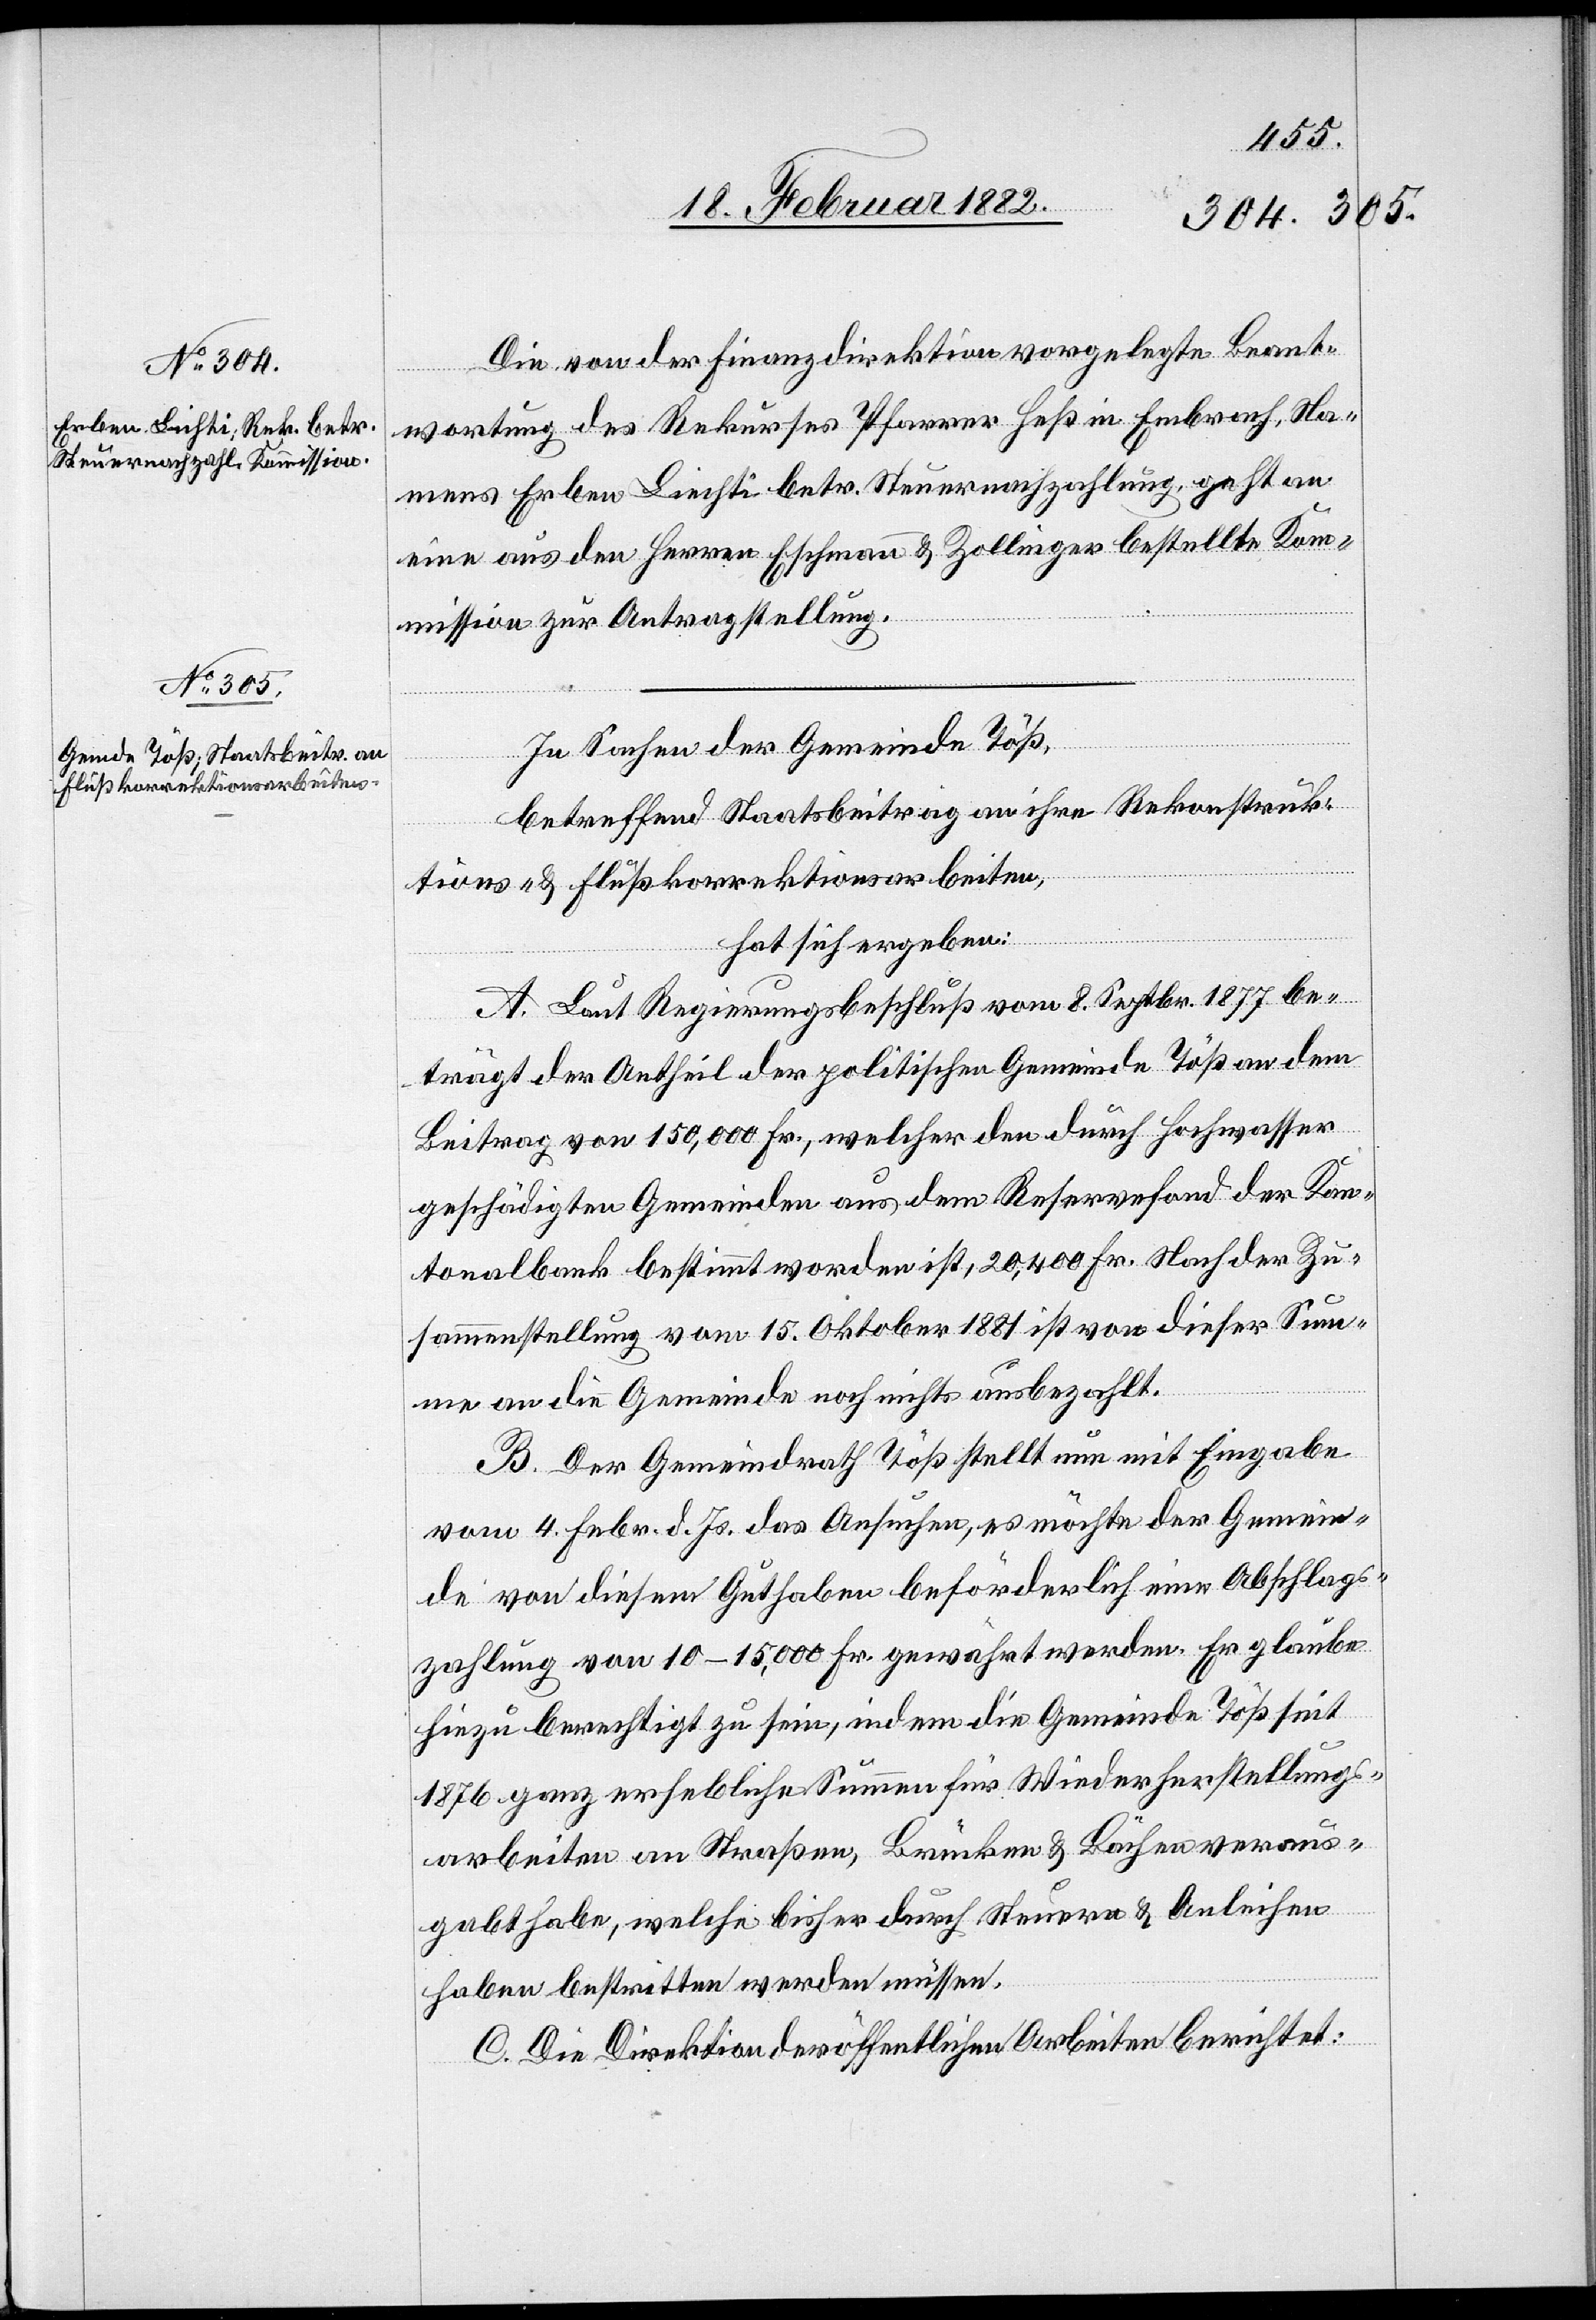
Die von der Finanzdirektion vorgelegte Beant¬
wortung des Rekurses Pfarrer Heß in Embrach, Na¬
mens Erben Liechti betr. Steuernachzahlung, geht an
eine aus den Herren Eschmann & Zollinger bestellte Kom¬
mission zur Antragstellung.
In Sachen der Gemeinde Töß
betreffend Staatsbeitrag an ihre Rekonstruk¬
tions- & Flußkorrektionsarbeiten,
hat sich ergeben:
A. Laut Regierungsbeschluß vom 8. Septbr. 1877 be¬
trägt der Antheil der politischen Gemeinde Töß an dem
Beitrag von 150,000 Fr., welcher den durch Hochwasser
geschädigten Gemeinden aus dem Reservefond der Kan¬
tonalbank bestimmt worden ist, 20,400 Fr. Nach der Zu¬
sammenstellung vom 15. Oktober 1881 ist von dieser Sum¬
me an die Gemeinde noch nichts ausbezahlt.
B. Der Gemeindrath Töß stellt nun mit Eingabe
vom 4. Febr. d. Js. das Ansuchen, es möchte der Gemein¬
de von diesem Guthaben beförderlich eine Abschlags¬
zahlung von 10–15,000 Fr. gewährt werden. Er glaube
hinzu berechtigt zu sein, indem die Gemeinde Töß seit
1876 ganz erhebliche Summen für Wiederherstellungs¬
arbeiten an Straßen, Brücken & Bächen veraus¬
gabt habe, welche bisher durch Steuern & Anleihen
haben bestritten werden müssen.
C. Die Direktion der öffentlichen Arbeiten berichtet: